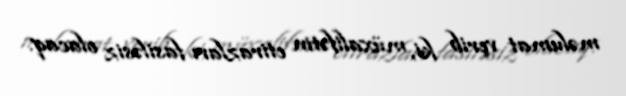
məlumat verib ki, müxalifətin etirazları fasiləsiz olacaq.